Leaving Certificate Examination (including Day School Certificate (Higher) General paper), 1931
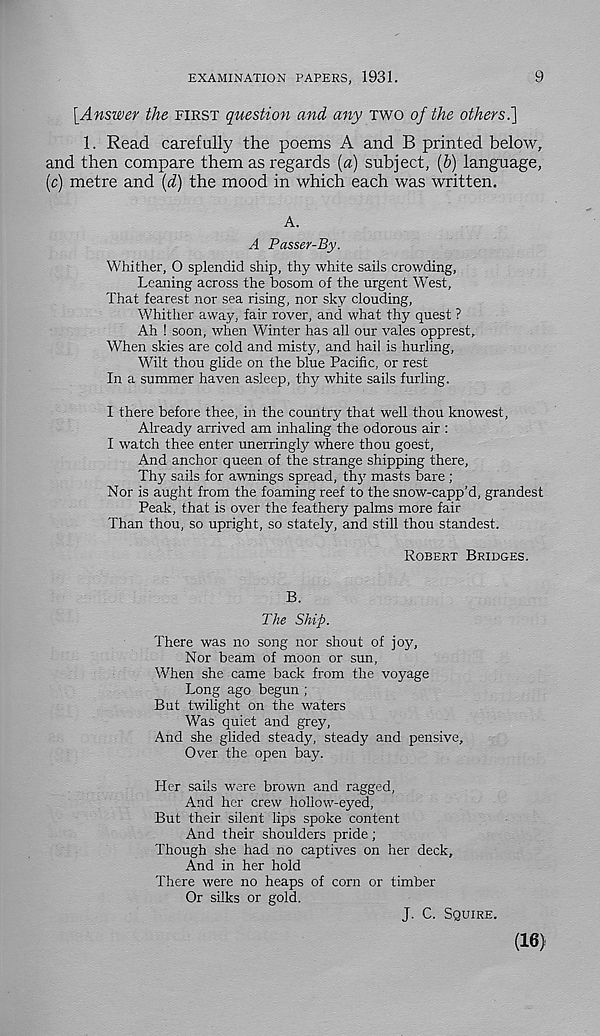
EXAMINATION PAPERS, 1931.
9
[Answer the FIRST question and any TWO of the othersi\
1. Read carefully the poems A and B printed below,
and then compare them as regards [a) subject, (b) language,
(c) metre and (d) the mood in which each was written.
A.
A Passer-By.
Whither, O splendid ship, thy white sails crowding,
Leaning across the bosom of the urgent West,
That fearest nor sea rising, nor sky clouding,
Whither away, fair rover, and what thy quest ?
Ah ! soon, when Winter has all our vales opprest.
When skies are cold and misty, and hail is hurling,
Wilt thou glide on the blue Pacific, or rest
In a summer haven asleep, thy white sails furling.
I there before thee, in the country that well thou knowest,
Already arrived am inhaling the odorous air :
I watch thee enter unerringly where thou goest,
And anchor queen of the strange shipping there,
Thy sails for awnings spread, thj^ masts bare ;
Nor is aught from the foaming reef to the snow-capp’d, grandest
Peak, that is over the feathery palms more fair
Than thou, so upright, so stately, and still thou standest.
ROBERT BRIDGES.
B.
The Ship.
There was no song nor shout of joy,
Nor beam of moon or sun,
When she came back from the voyage
Long ago begun ;
But twilight on the waters
Was quiet and grey,
And she glided steady, steady and pensive.
Over the open bay.
Her sails were brown and ragged,
And her crew hollow-eyed,
But their silent lips spoke content
And their shoulders pride ;
Though she had no captives on her deck.
And in her hold
There were no heaps of corn or timber
Or silks or gold.
J. C. SQUIRE.
(16)